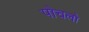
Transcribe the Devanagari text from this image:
पोचलो